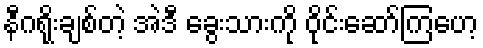
နီဂရိုးချစ်တဲ့ အဲဒီ ခွေးသားကို ဝိုင်းဆော်ကြဟေ့